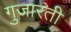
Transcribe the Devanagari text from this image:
गुजारती